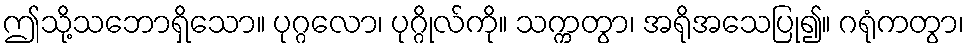
ဤသို့သဘောရှိသော။ ပုဂ္ဂလော၊ ပုဂ္ဂိုလ်ကို။ သက္ကတွာ၊ အရိုအသေပြု၍။ ဂရုံကတွာ၊